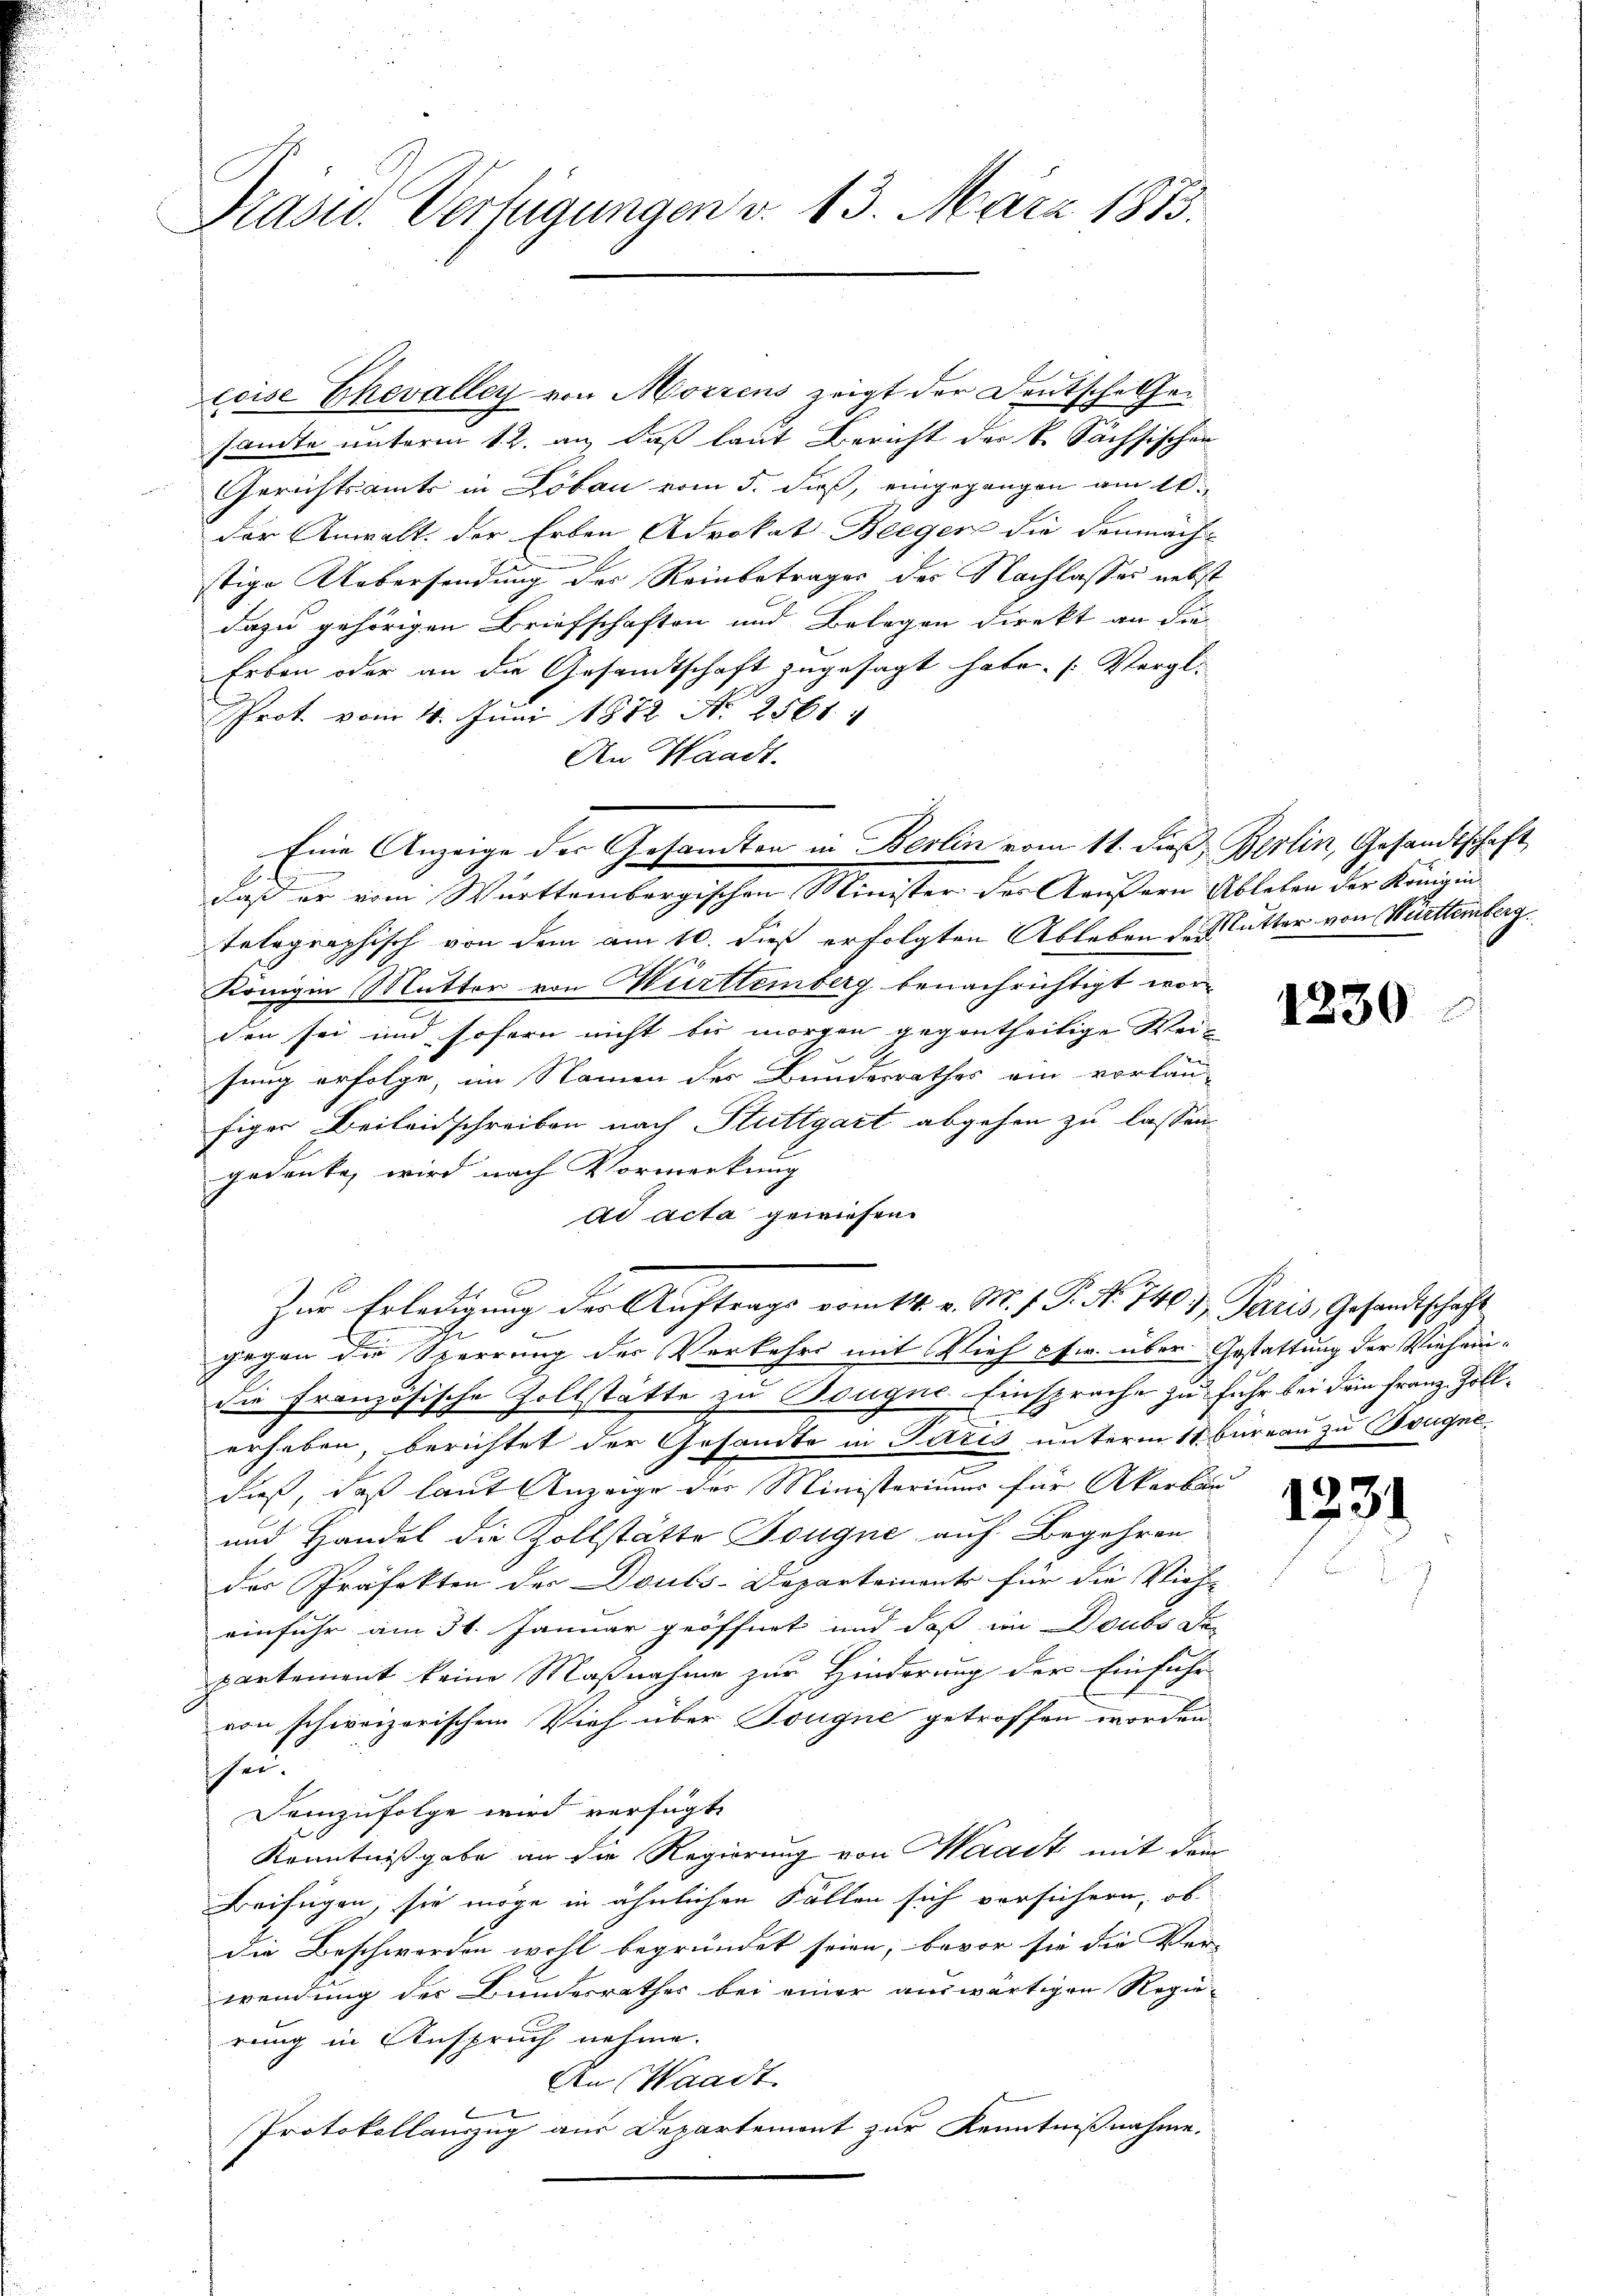
Präsid. Verfügungen v. 13. März 1813.

coise Ehevalley von Morzens zeigt der Deutsche Gesandte unterm 12. an, daß laut Bericht des k. Sächsischen
Gerichtsamts in Lobau vom 5. dieß, eingegangen am 10.
der Anwalt der Erben Advokat Beeger die denmäch-
stige Uebersendung des Reinbetrages des Nachlasses nebst
dazu gehörigen Briefschaften und Belegen direkt an die
Erben oder an die Gesandtschaft zugesagt habe. (Vergl.
Prot. vom 4. Juni 1872 No 2561.
An Waadt.
daß er vom Württembergischen Minister des Aeußern Ableben der Königin
telegraphisch von dem am 10. dieß erfolgten Ableben des Lutter von Württemberg
Königin Mutter von Württemberg benachrichtigt worden sei und sofern nicht bis morgen gegentheilige Weifung erfolge, im Namen des Bundesrathes ein vorläu-
figer Beileidschreiben nach Stuttgart abgehen zu lassen.
gedenke, wird nach Vormerkung
ad acta gewiesen.
Zur Erledigung der Auftrags vom 14. v. M. J. P. No 740 u. Paris, Gesandtschaft
gegen die Sperrung der Verkehrs mit Vieh fw. über Gestattung der Vieheindie Französische Zollstätte zu Bougne Einsprache zu fuhr bei dem Franz-Zollerheben, berichtet der Gesandte in Paris unterm 11. Bureau zu Bougne
dieß, daß laut Anzeige der Ministeriums für Akerbau-
und Handel die Zollstätte Fougne auf Begehren
der Präfekten der Douls-Departements für die Vieh-
einfuhr am 31. Januar geöffnet und daß im Doubs De
partement keine Maßnahme zur Hinderung der Einfuhr
von schweizerischen Vieh über Tougne getroffen worden
he.
Demzufolge wird verfügt:
Kenntnißgabe an die Regierung von Waadt mit dem
Beifügen, sie möge in ähnlichen Fällen sich versichern, ob
die Beschwerden wohl begründet seien, bevor sie die Ver- |
wendung der Bundesrathes bei einer auswärtigen Regie-
rung in Anspruch nehme.
An Waadt
Protokollauszug aus Departement zur Kenntnißnahme.

Eine Anzeige der Gesandten in Berlin vom 11. dieß, Berlin, Gesandtschaft

1230

1331